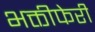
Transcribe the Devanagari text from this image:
भक्तीफेरी